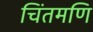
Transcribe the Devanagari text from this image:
चिंतमणि